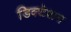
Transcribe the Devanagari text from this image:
डिक्‍टेशन